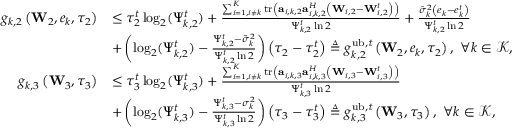
\begin{array} { r l } { g _ { k , 2 } \left( \mathbf W _ { 2 } , e _ { k } , \tau _ { 2 } \right) } & { \leq \tau _ { 2 } ^ { t } \log _ { 2 } ( \Psi _ { k , 2 } ^ { t } ) + \frac { \sum _ { i = 1 , i \neq k } ^ { K } \mathrm { t r } \left( \mathbf a _ { i , k , 2 } \mathbf a _ { i , k , 2 } ^ { H } \left( \mathbf W _ { i , 2 } - \mathbf W _ { i , 2 } ^ { t } \right) \right) } { \Psi _ { k , 2 } ^ { t } \ln 2 } + \frac { \hat { \sigma } _ { k } ^ { 2 } \left( e _ { k } - e _ { k } ^ { t } \right) } { \Psi _ { k , 2 } ^ { t } \ln 2 } } \\ & { + \left( \log _ { 2 } ( \Psi _ { k , 2 } ^ { t } ) - \frac { \Psi _ { k , 2 } ^ { t } - \tilde { \sigma } _ { k } ^ { 2 } } { \Psi _ { k , 2 } ^ { t } \ln 2 } \right) \left( \tau _ { 2 } - \tau _ { 2 } ^ { t } \right) \triangleq g _ { k , 2 } ^ { \mathrm { u b , \it t } } \left( \mathbf W _ { 2 } , e _ { k } , \tau _ { 2 } \right) , \ \forall k \in \mathcal K , } \\ { g _ { k , 3 } \left( \mathbf W _ { 3 } , \tau _ { 3 } \right) } & { \leq \tau _ { 3 } ^ { t } \log _ { 2 } ( \Psi _ { k , 3 } ^ { t } ) + \frac { \sum _ { i = 1 , i \neq k } ^ { K } \mathrm { t r } \left( \mathbf a _ { i , k , 3 } \mathbf a _ { i , k , 3 } ^ { H } \left( \mathbf W _ { i , 3 } - \mathbf W _ { i , 3 } ^ { t } \right) \right) } { \Psi _ { k , 3 } ^ { t } \ln 2 } } \\ & { + \left( \log _ { 2 } ( \Psi _ { k , 3 } ^ { t } ) - \frac { \Psi _ { k , 3 } ^ { t } - \sigma _ { k } ^ { 2 } } { \Psi _ { k , 3 } ^ { t } \ln 2 } \right) \left( \tau _ { 3 } - \tau _ { 3 } ^ { t } \right) \triangleq g _ { k , 3 } ^ { \mathrm { u b , \it t } } \left( \mathbf W _ { 3 } , \tau _ { 3 } \right) , \ \forall k \in \mathcal K , } \end{array}